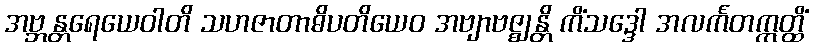
အဗ္ဘန္တရေယေဝါတိ သဟဇာတာဓိပတိယေဝ အဗျာဗဇ္ဈန္တိ ကိံသဒ္ဒေါ အလင်္ကတဣတ္ထိံ